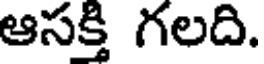
ఆసక్తి గలది.